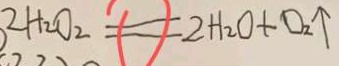
2 H _ { 2 } O _ { 2 } = 2 H _ { 2 } O + O _ { 2 } \uparrow